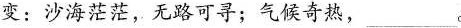
变：沙海茫茫，无路可寻；气候奇热，___。